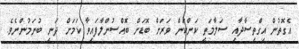
އެގޮތުން އިގްތިސާދާއި ސަލާމަތީ ކަންކަން ވަރަށް ބޮޑަށް ބޮއްސުންލާފައިވާ ކަމަށް ދަނީ ބުނަމުންނެވެ.